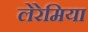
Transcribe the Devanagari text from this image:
लेरेमिया